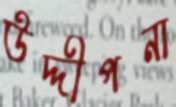
উদ্দীপনা